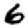
Digit: 6